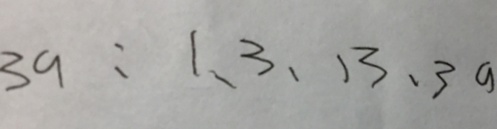
3 a = 1 、 3 、 1 3 、 3 a